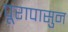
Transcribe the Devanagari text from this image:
पूरापासुन